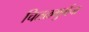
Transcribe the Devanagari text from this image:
चितळगुर्गचा